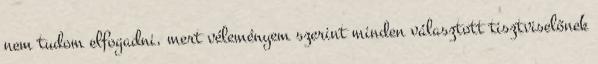
nem tudom elfogadni, mert véleményem szerint minden választott tisztviselőnek